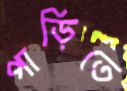
পাড়িতে